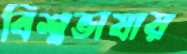
বিশ্বভাষায়